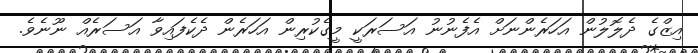
އިޒްގެ ދެލޮލުން އަހަރެންނަށް އެފެނުނު އަސަރަކީ މީގެކުރިން އަހަރެން ދެކެފައިވާ އަސަރެއް ނޫނެވެ.